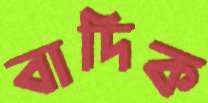
বাদিক